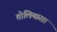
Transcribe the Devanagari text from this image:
तोलिमासा